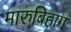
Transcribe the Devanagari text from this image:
मारुबिहाग